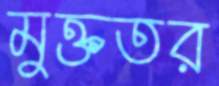
মুক্ততর